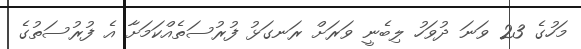
މަހުގެ 23 ވަނަ ދުވަހު ލިބެނީ ވަރަށް ރަނގަޅު ފުރުސަތެއްކަމަށާ އެ ފުރުސަތުގެ